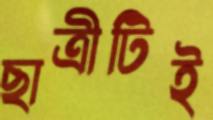
ছাত্রীটিই